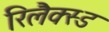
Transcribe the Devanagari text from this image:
रिलैक्स्ड